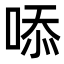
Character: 㖭